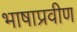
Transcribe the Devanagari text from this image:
भाषाप्रवीण